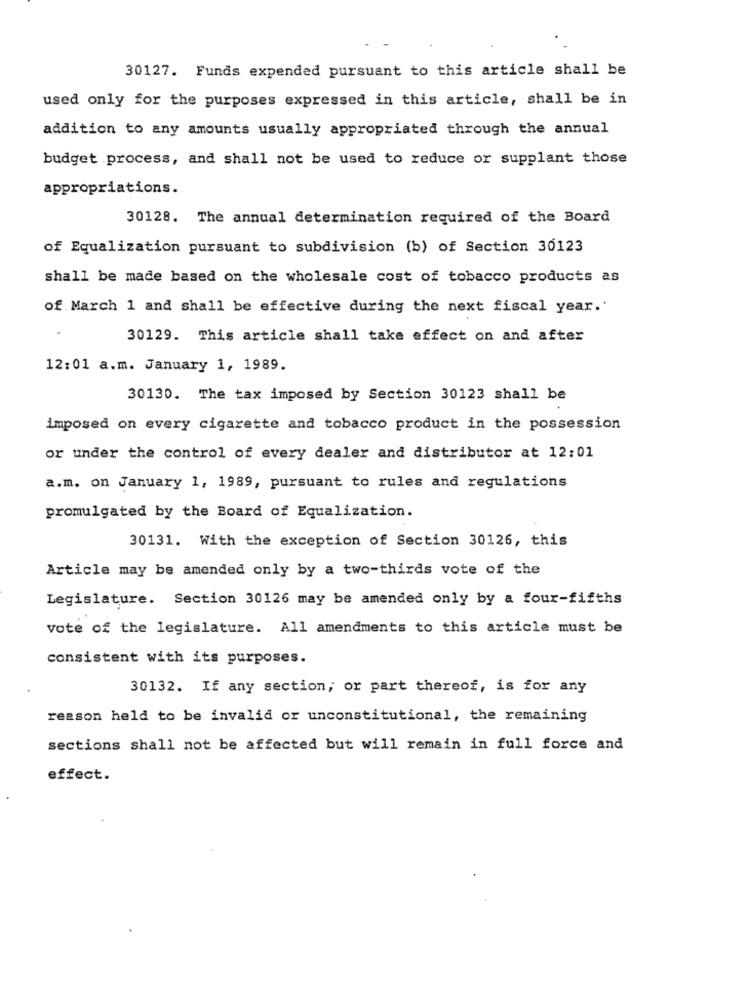
30127. Funds expended pursuant to this article shall be
used only for the purposes expressed in this article, shall be in
addition to any amounts usually appropriated through the annual
budget process, and shall not be used to reduce or supplant those
appropriations.
30128. The annual determination required of the Board
of Equalization pursuant to subdivision (b) of Section 30123
shall be made based on the wholesale cost of tobacco products as
of March 1 and shall be effective during the next fiscal year.'
30129. This article shall take effect on and after
12:01 a.m. January 1, 1989.
30130. The tax imposed by Section 30123 shall be
imposed on every cigarette and tobacco product in the possession
or under the control of every dealer and distributor at 12:01
a.m. on January 1, 1989, pursuant to rules and regulations
promulgated by the Board of Equalization.
30131. With the exception of Section 30126, this
Article may be amended only by a two-thirds vote of the
Legislature. Section 30126 may be amended only by a four-fifths
vote of the legislature. All amendments to this article must be
consistent with its purposes.
30132. If any section, or part thereof, is for any
reason held to be invalid or unconstitutional, the remaining
sections shall not be affected but will remain in full force and
effect.